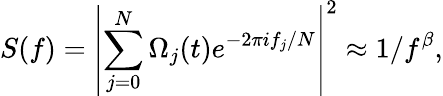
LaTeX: S(f)=\left|\sum_{j=0}^{N}\Omega_{j}(t)e^{-2\pi if_{j}/N}\right|^{2}\approx 1/f^{\beta},